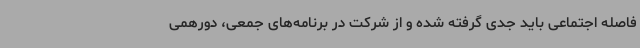
فاصله اجتماعی باید جدی گرفته شده و از شرکت در برنامه‌های جمعی، دورهمی